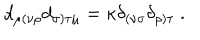
d _ { \mu ( \nu \rho } d _ { \sigma ) \tau \mu } = \kappa \delta _ { ( \nu \sigma } \delta _ { \rho ) \tau } \ .